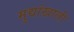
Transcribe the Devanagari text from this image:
मुद्यांखाली